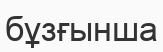
бұзғынша